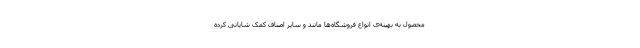
محصول به بهینه‌ی انواع فروشگاه‌ها مانند و سایر اصناف کمک شایانی کرده